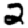
Digit: 2